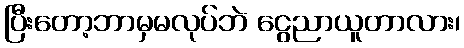
ပြီးတော့ဘာမှမလုပ်ဘဲ ငွေညာယူတာလား၊